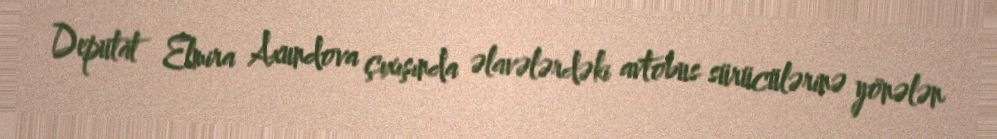
Deputat Elmira Axundova çıxışında əlavələrdəki avtobus sürücülərinə yönələn